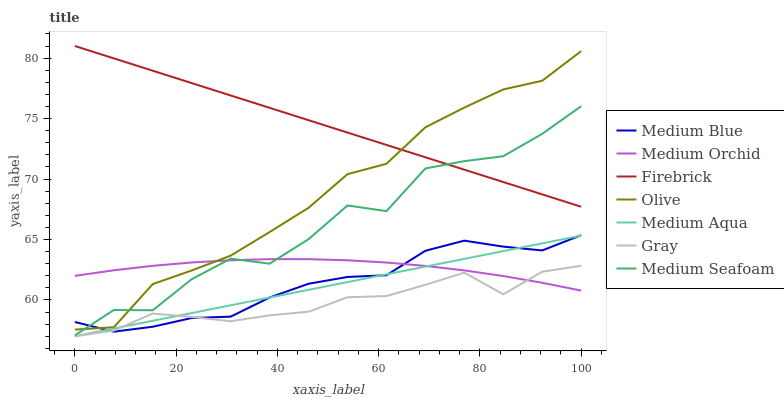
| xaxis_label | Medium Blue | Medium Orchid | Firebrick | Olive | Medium Aqua | Gray | Medium Seafoam |
 | --- | --- | --- | --- | --- | --- | --- | --- |
 | 0 | 58.2 | 62 | 81 | 57.5 | 57 | 57 | 57.1 |
 | 7.69 | 57.4 | 62.5 | 80 | 57.7 | 57.6 | 57.5 | 59.2 |
 | 15.4 | 57.8 | 62.8 | 79 | 61.3 | 58.3 | 58.9 | 59.1 |
 | 23.1 | 58.5 | 63.1 | 77.9 | 62.4 | 58.9 | 58.6 | 61.7 |
 | 30.8 | 58.6 | 63.3 | 76.9 | 63.7 | 59.6 | 58.2 | 63.4 |
 | 38.5 | 60.2 | 63.4 | 75.9 | 65.6 | 60.2 | 58.7 | 63 |
 | 46.2 | 61.3 | 63.4 | 74.9 | 67.6 | 60.8 | 59 | 65 |
 | 53.8 | 61.9 | 63.3 | 73.8 | 70.4 | 61.5 | 60.2 | 67.8 |
 | 61.5 | 62 | 63.1 | 72.8 | 71.3 | 62.1 | 60.3 | 67.3 |
 | 69.2 | 64.1 | 62.8 | 71.8 | 74.3 | 62.8 | 61.3 | 70.9 |
 | 76.9 | 64.9 | 62.4 | 70.8 | 75.9 | 63.4 | 62.3 | 71.5 |
 | 84.6 | 64.4 | 62 | 69.8 | 77.4 | 64 | 60.5 | 71.9 |
 | 92.3 | 64.1 | 61.4 | 68.7 | 78.1 | 64.7 | 62.3 | 73.7 |
 | 100 | 65.4 | 60.8 | 67.7 | 80.6 | 65.3 | 62.8 | 76 |